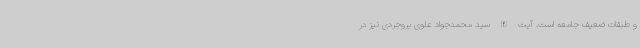
و طبقات ضعیف جامعه است. آیت الله سید محمدجواد علوی بروجردی نیز در